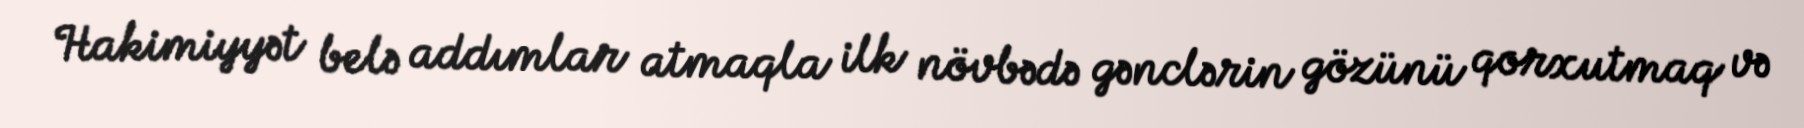
Hakimiyyət belə addımlar atmaqla ilk növbədə gənclərin gözünü qorxutmaq və